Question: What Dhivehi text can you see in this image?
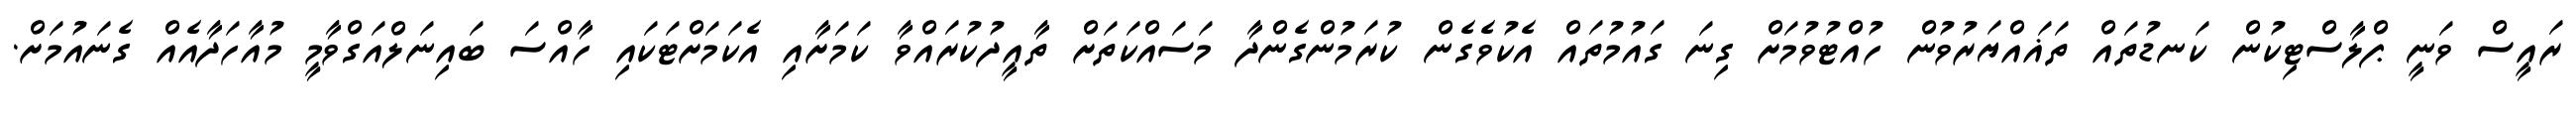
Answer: ރައީސް ވަނީ ޕްލާސްޓިކުން ކަނޑުތައް ތަޣައްޔަރުވުން ހުއްޓުވުމަށް ގިނަ ގައުމުތައް އެކުވެގެން ކުރަމުންގެންދާ މަސައްކަތަށް ތާއީދުކުރައްވާ ކަމަށާއި އެކަމަށްޓަކައި ހާއްސަ ބައިނަލްއަގްވާމީ މުއާހަދާއެއް ގެނައުމަށް.